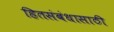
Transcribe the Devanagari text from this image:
हितसंबंधासाठी